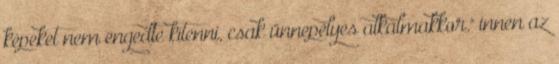
képeket nem engedte kitenni, csak ünnepélyes alkalmakkor." innen az